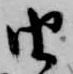
由